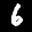
Label: 6